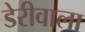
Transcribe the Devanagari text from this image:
डेरीवाला